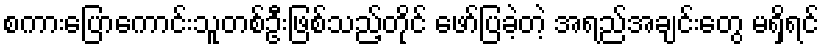
စကားပြောကောင်းသူတစ်ဦးဖြစ်သည့်တိုင် ဖော်ပြခဲ့တဲ့ အရည်အချင်းတွေ မရှိရင်